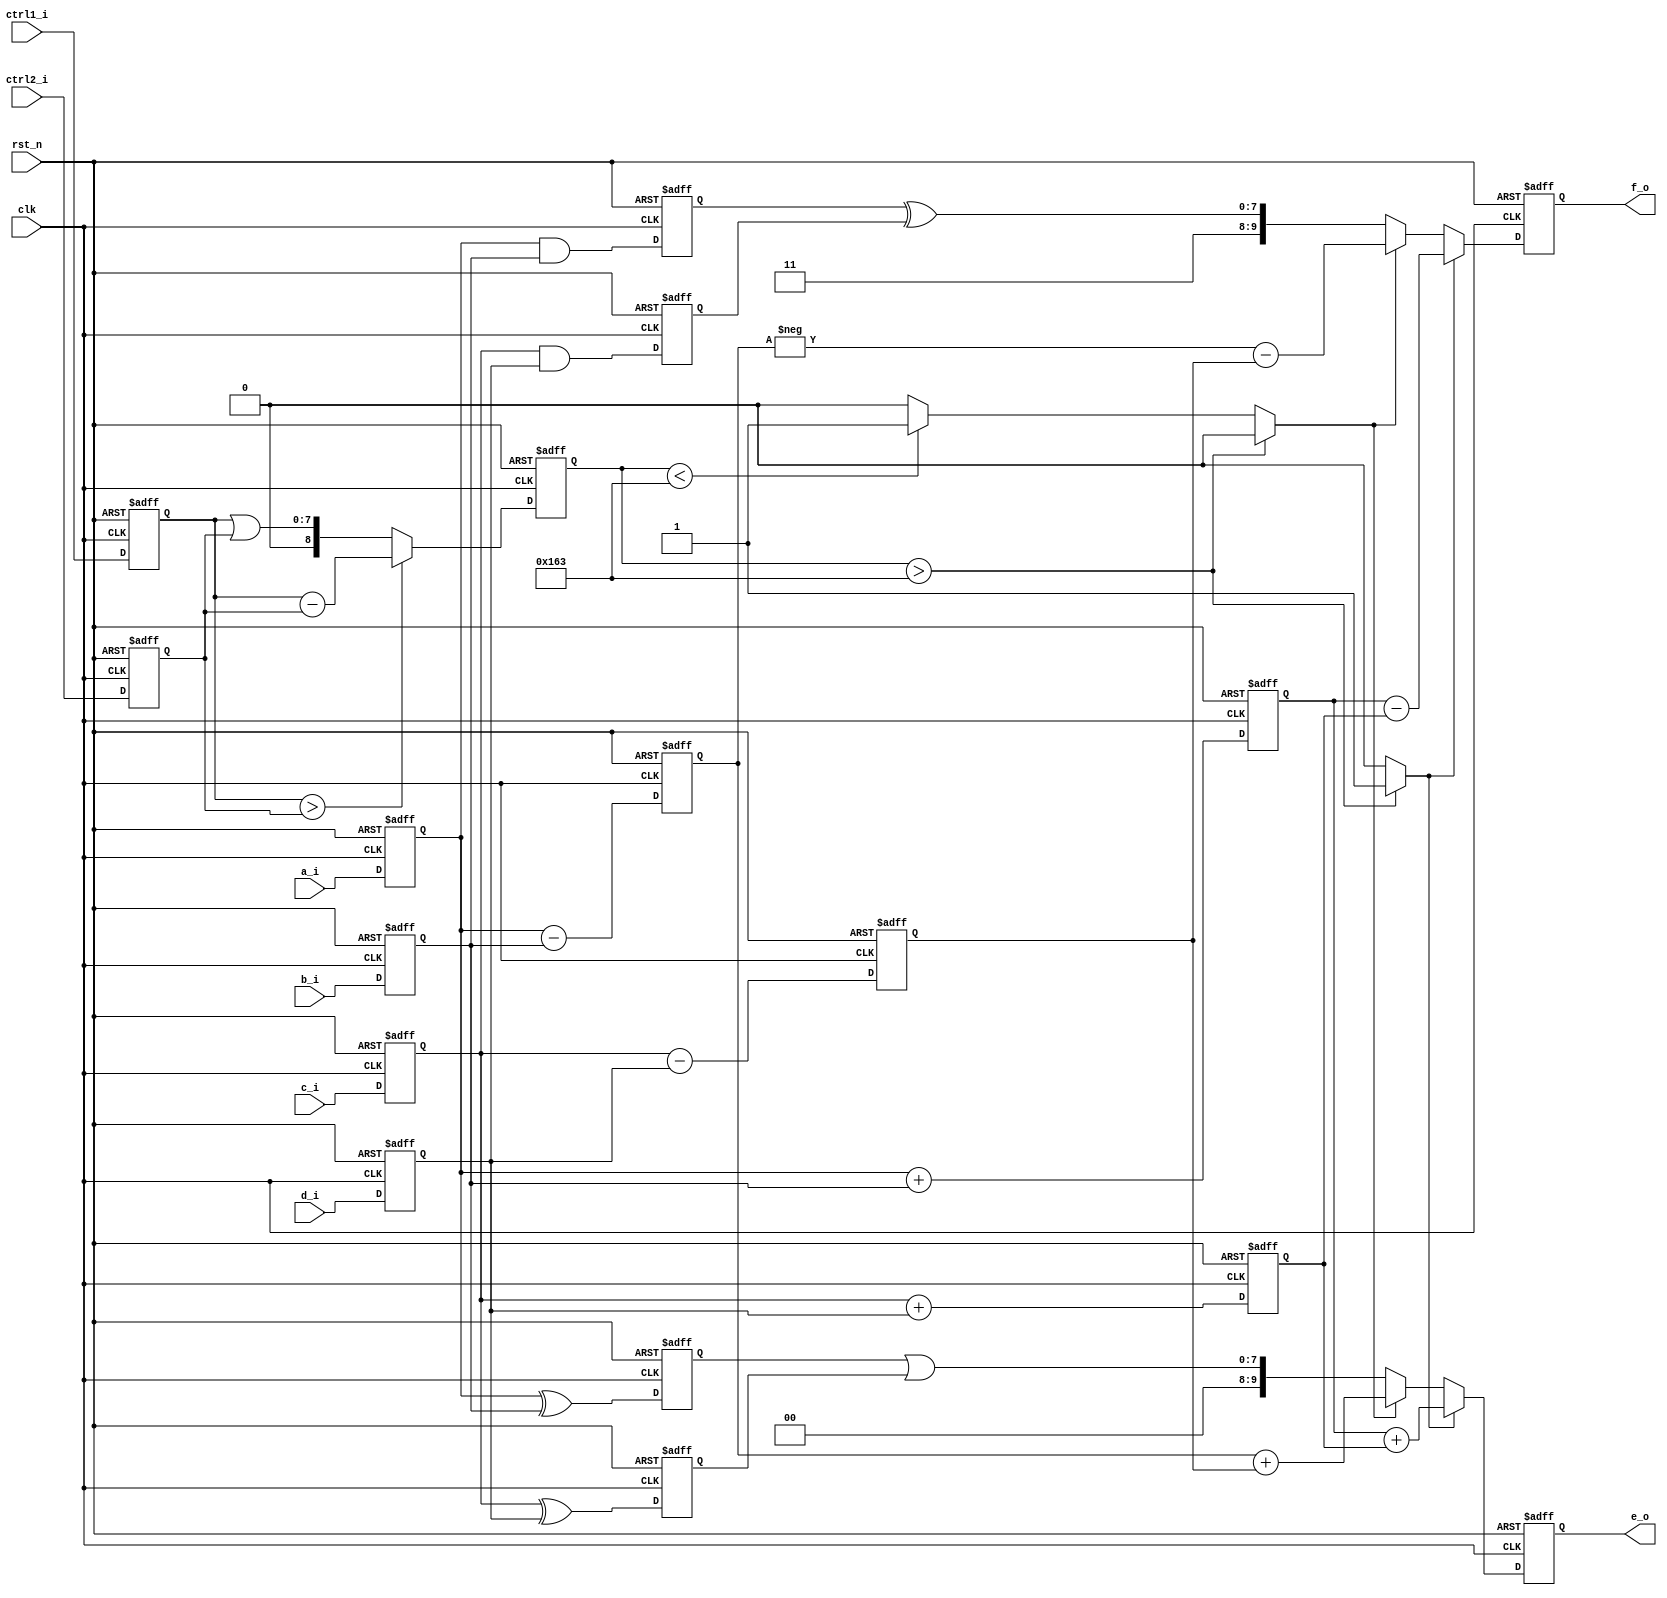
// This program was cloned from: https://github.com/mbaykenar/digital-logic-design
// License: Apache License 2.0

`timescale 1ns / 1ps
//////////////////////////////////////////////////////////////////////////////////
// Company: 
// Engineer: 
// 
// Design Name: 
// Module Name: pipeline_shared
// Project Name: 
// Target Devices: 
// Tool Versions: 
// Description: 
// 
// Dependencies: 
// 
// Revision:
// Revision 0.01 - File Created
// Additional Comments:
// 
//////////////////////////////////////////////////////////////////////////////////


module pipeline_shared
(
input clk,
input rst_n,
input [7:0] a_i,
input [7:0] b_i,
input [7:0] c_i,
input [7:0] d_i,
input [7:0] ctrl1_i,
input [7:0] ctrl2_i,
output [9:0] e_o,
output [9:0] f_o
);

reg [9:0] e,f;
reg [7:0] a,b,c,d;
reg [7:0] ctrl1,ctrl2;
reg [8:0] ctrl_result;
reg gr,sm;

// registers for pipeline
reg [8:0] ctrl_result_pipe;
reg [7:0] e_pipe1, e_pipe2;
reg [8:0] e_pipe3, e_pipe4, e_pipe5, e_pipe6;
reg [7:0] f_pipe1, f_pipe2;
//reg [8:0] f_pipe3, f_pipe4, f_pipe5, f_pipe6;


always @(*) begin

    if (ctrl1 > ctrl2)
        ctrl_result = ctrl1 - ctrl2;
    else
        ctrl_result = ctrl1 | ctrl2;
    
    gr = 0;
    sm = 0;
//    if (ctrl_result > 9'd355) begin
//        gr = 1;
//    end
//    else if (ctrl_result < 9'd355) begin
//        sm = 1;
//    end
    if (ctrl_result_pipe > 9'd355) begin
        gr = 1;
    end
    else if (ctrl_result_pipe < 9'd355) begin
        sm = 1;
    end

end

always @(posedge clk, negedge rst_n) begin
    if (rst_n == 1'b0) begin
        a       <= {8{1'b0}};
        b       <= {8{1'b0}};
        c       <= {8{1'b0}};
        d       <= {8{1'b0}};
        ctrl1   <= {8{1'b0}};
        ctrl2   <= {8{1'b0}};
        e       <= {10{1'b0}};
        f       <= {10{1'b0}};     
        // registers for pipeline  
        ctrl_result_pipe    <= {9{1'b0}};
        e_pipe1             <= {8{1'b0}};
        e_pipe2             <= {8{1'b0}};
        e_pipe3             <= {9{1'b0}};
        e_pipe4             <= {9{1'b0}};
        e_pipe5             <= {9{1'b0}};
        e_pipe6             <= {9{1'b0}};
        f_pipe1             <= {8{1'b0}};
        f_pipe2             <= {8{1'b0}};
//        f_pipe3             <= {9{1'b0}};
//        f_pipe4             <= {9{1'b0}};
//        f_pipe5             <= {9{1'b0}};
//        f_pipe6             <= {9{1'b0}};
    end
    else begin
        a       <= a_i;
        b       <= b_i;
        c       <= c_i;
        d       <= d_i;
        ctrl1   <= ctrl1_i;
        ctrl2   <= ctrl2_i;
        // registers for pipeline
        ctrl_result_pipe    <= ctrl_result;
        e_pipe1             <= (a ^ b);
        e_pipe2             <= (c ^ d);
        e_pipe3             <= (a - b);
        e_pipe4             <= (c - d);
        e_pipe5             <= (a + b);
        e_pipe6             <= (c + d);
        f_pipe1             <= (a & b);
        f_pipe2             <= (c & d);
//        f_pipe3             <= (-a + b);
//        f_pipe4             <= (-c + d);
//        f_pipe5             <= (a + b);
//        f_pipe6             <= (c + d);
//        if (gr) begin
//            e   <= (a + b) + (c + d);
//            f   <= (a + b) - (c + d);
//        end
//        else if (sm) begin
//            e   <= (a - b) + (c - d);
//            f   <= (-a + b) + (-c + d);
//        end
//        else begin
//            e   <= {2'b00, (a ^ b) | (c ^ d)};
//            f   <= {2'b11, (a & b) ^ (c & d)};
//        end
        if (gr) begin
            e   <= e_pipe5 + e_pipe6;
            f   <= e_pipe5 - e_pipe6;
        end
        else if (sm) begin
            e   <= e_pipe3 + e_pipe4;
            f   <= -e_pipe3 - e_pipe4;
        end
        else begin
            e   <= {2'b00, e_pipe1 | e_pipe2};
            f   <= {2'b11, f_pipe1 ^ f_pipe2};
        end

    end
    
end

assign e_o = e;
assign f_o = f;

endmodule